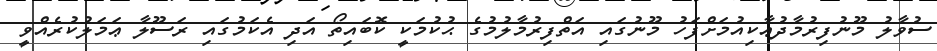
ސުވާލު މޫނުފިރުމާދުޢާކިއުމަށްފަހު މޫނުގައި އަތްފިރުމާލުމުގެ ޙުކުމަކީ ކޮބައިތޯ އަދި އެކަމުގައި ރަސޫލާ ޢަމަލުކުރެއްވީ